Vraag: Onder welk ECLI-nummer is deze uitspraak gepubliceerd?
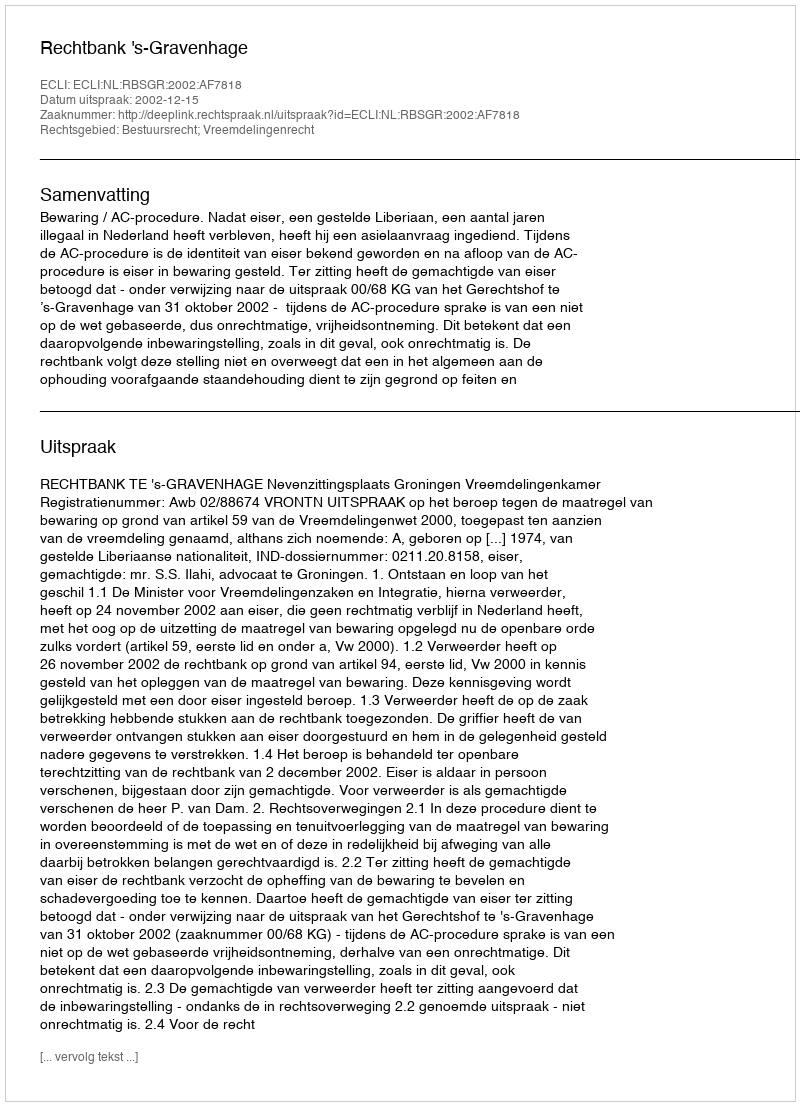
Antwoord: ECLI:NL:RBSGR:2002:AF7818